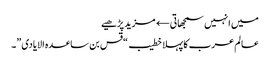
میں انہیں سمجھاتی← مزید پڑھیے
عالم عرب کا پہلا خطیب “قس بن ساعدہ الایادی”۔